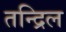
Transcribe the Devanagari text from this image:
तन्द्रिल